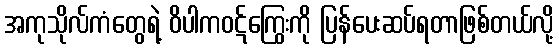
အကုသိုလ်ကံတွေရဲ့ ဝိပါကဝဋ်ကြွေးကို ပြန်ပေးဆပ်ရတာဖြစ်တယ်လို့